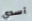
أسدي